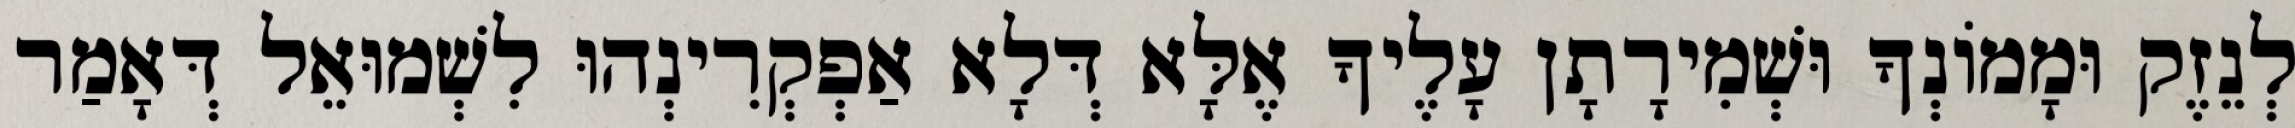
לְנֵזֶק וּמָמוֹנְךָ וּשְׁמִירָתָן עָלֶיךָ אֶלָּא דְּלָא אַפְקְרִינְהוּ לִשְׁמוּאֵל דְּאָמַר